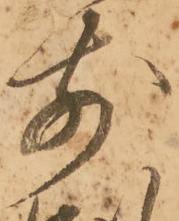
前